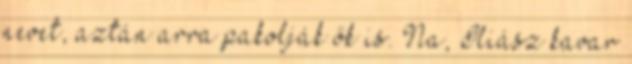
nevet, aztán arra pakolják ők is. Na, Iliász kavar